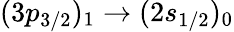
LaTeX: (3p_{3/2})_{1}\rightarrow(2s_{1/2})_{0}